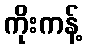
ကိုးကန့်